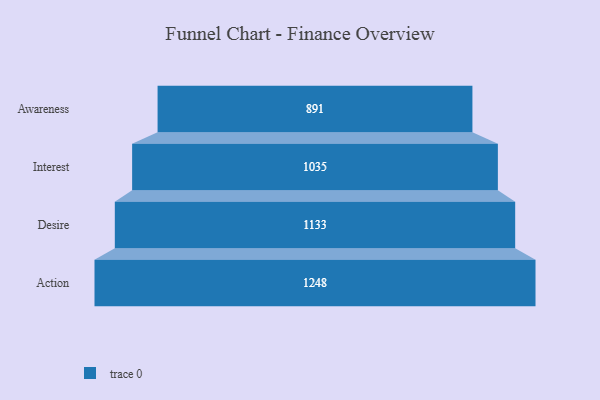
{"axis": {"x": "Stage", "y": "Value"}, "legend": [""], "data": [{"x": "Awareness", "y": 891.0, "type": ""}, {"x": "Interest", "y": 1035.0, "type": ""}, {"x": "Desire", "y": 1133.0, "type": ""}, {"x": "Action", "y": 1248.0, "type": ""}]}